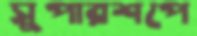
সুপারশপে